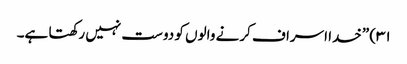
۳۱) ”خدا اسراف کرنے والوں کو دوست نہیں رکھتا ہے۔